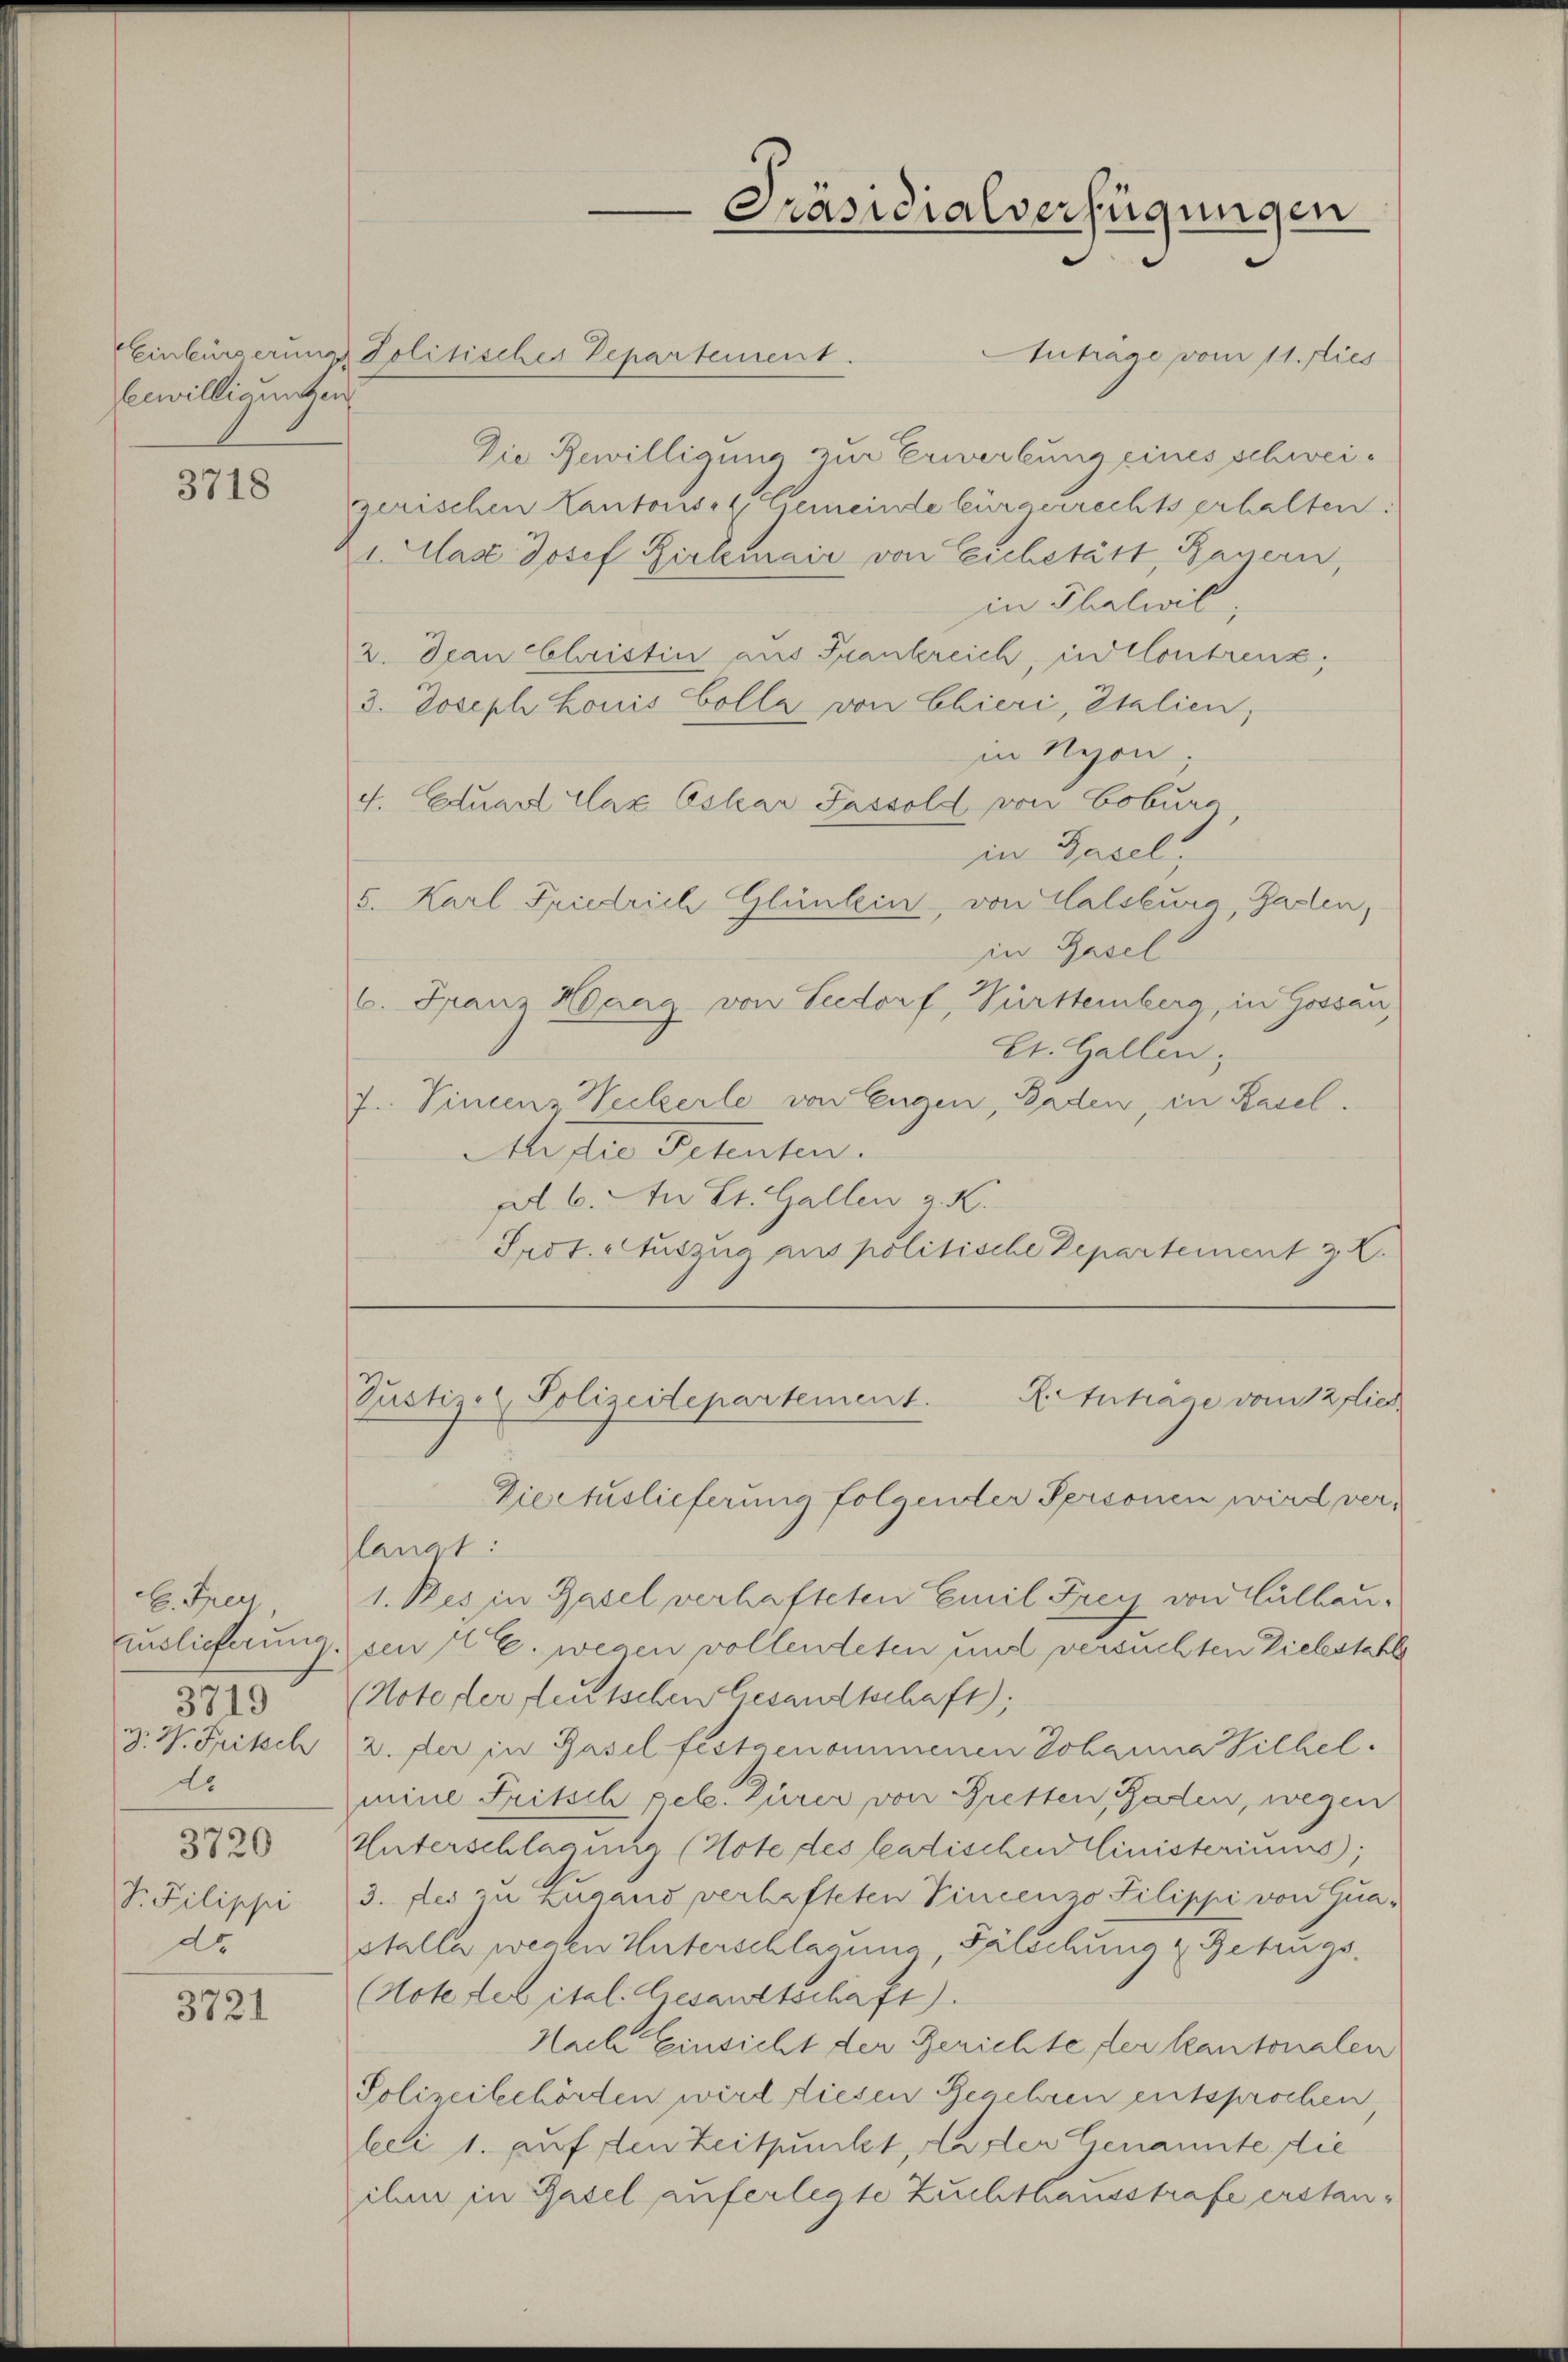
Eewilligungen

3718

H. Sperr
auslieferung.
3719
D. W. Fritsch
do
3720
F. Filippe
do

3721

Auträge vom 11. Dies
Die Bewilligung zur Erwerbung eines schweigerischen Kantons- & Gemeinde bürgerrechts erhalten:
v. last Josef Zirkmair von Eichstätt, Bauern,
in Thalwil,
2. Jean Christin aus Frankreich, in Contreuz,
3. Joseph Louis Colla von Ebieri, Italien,
in Neson
f. Eduard Clax Eskar Passoll von Cobure
in Gasel
5. Karl Friedrich Glümlein, von Halstura Garten,
in Gasel.
6. Franz Haag von Seedorf, Württemberg, in Gossau,
St. Gallen,
7. Vincenz Weckerle von Eugen, Baden, in Basel.
Mister Petenten.
al. 6. An St. Gallen z. K.
Srot. Auszug aus politische Departement z. K.

EEinbürgerung Politisches Departement.

Präsidialverfügungen

A.Inträge vom 12 dies
Justizel Polizeitepartement.
Diectuslieferung folgender Personen wird ver¬

langt:
1. Res in Basel verhafteten Emil Frey von Culbau-
sen E. wegen vollendeten und versuchten Liebstahl
(Note der deutschen Gesandtschaft);
2. der in Basel festgenommenen Johanna Filhel.
mine Fritsch pele. Zurer von Bretten, Baden, wegen
Unterschlagung (Note des Ladischen Ministeriums,
3. des zu zugand verhafteten Vincenzo Pilippi von Quastalle wegen Unterschlagung Fälschung & Betrugs.
(Notester ital. Gesandtschaft).
Nach Einsicht der Gerichte der kantonalen
Polizeibehörden wird diesen Benehren entsprochen
bei 1. auf den Zeitpunkt, Laster Genannte die
ihe in Basel auferlegte Zuchthausstrafe erstan¬